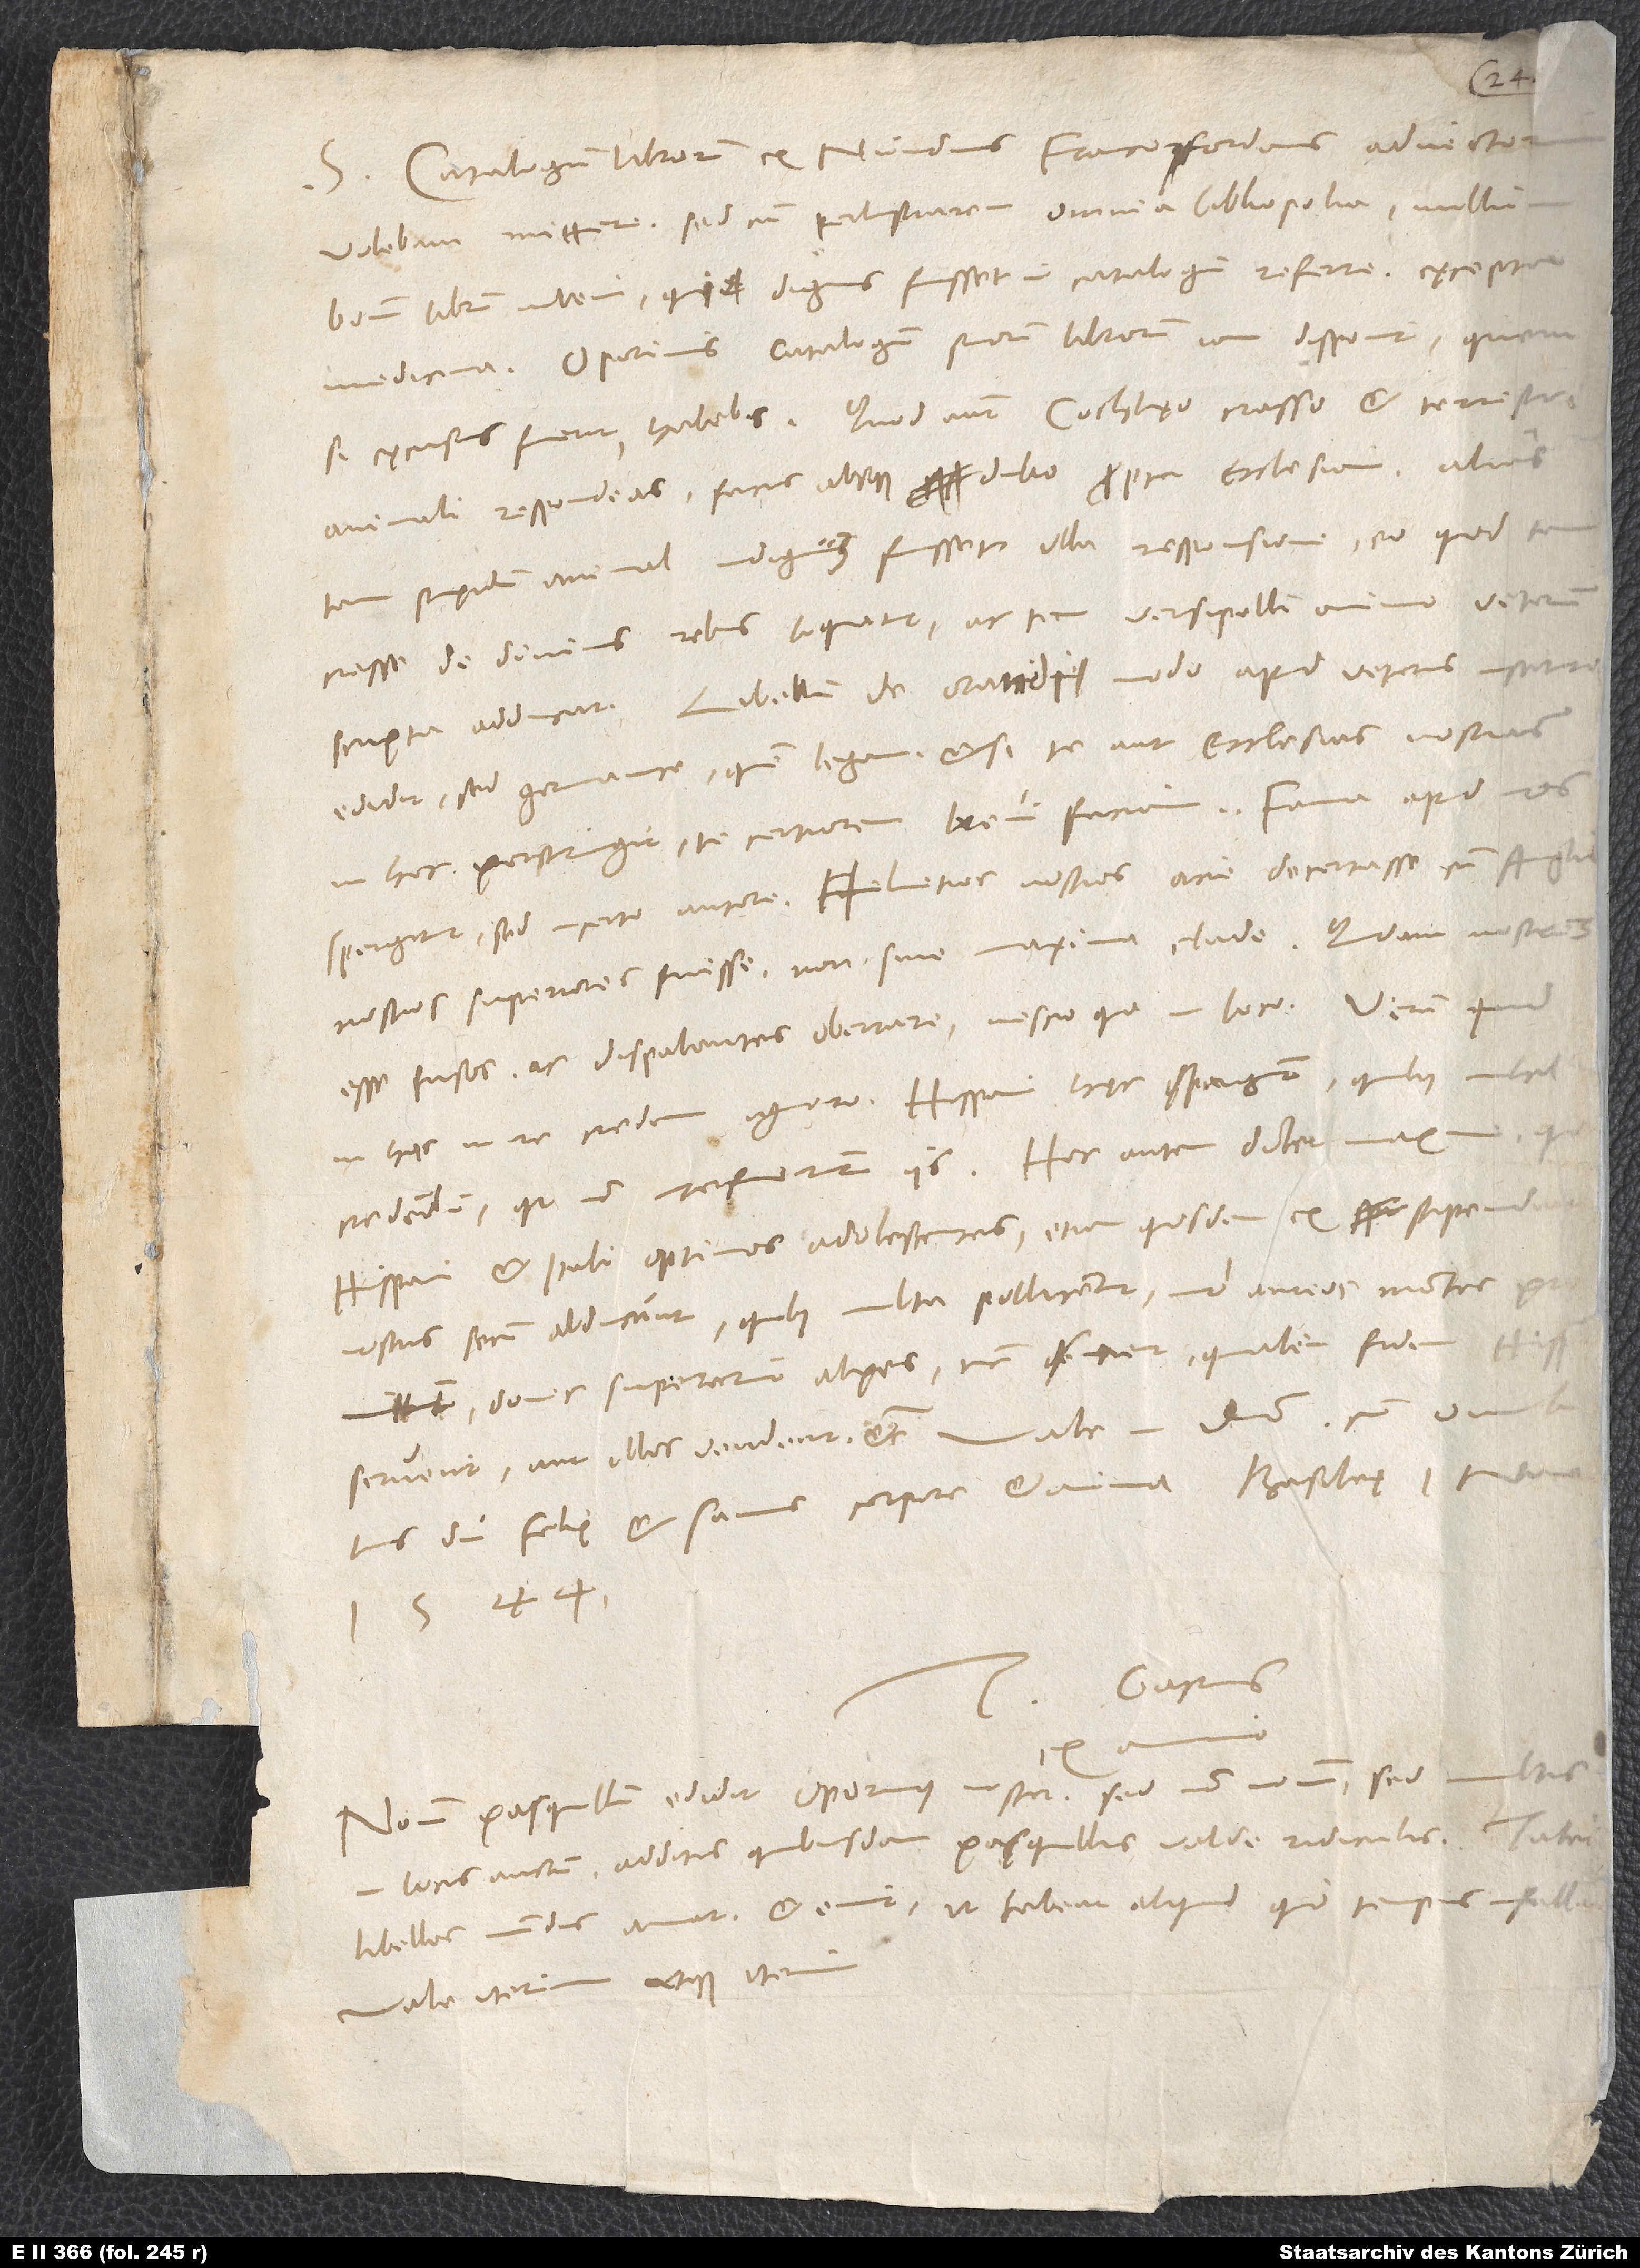
S. Catalogum librorum ex nundinis Francofordiensibus advectorum
volebam mittere; sed cum perlustrarem omnia bibliopolia, nullum
bonum librum inveni, qui dignus fuisset in catalogum referri, excepta
medicina. Oporinus catalogum suorum librorum iam disponit, quem,
si excusus fuerit, habebis. Quod autem Cochlęo, crasso et terrestri
animali, respondeas, facis absque dubio propter ecclesiam; alias
tam stupidum animal indignum fuisset ulla responsione, eo quod tam
crasse de divinis rebus loquatur ac sic versipelli animo veterum
scripta adducat. Libellum de orandi modo apud veteres usitato
edidit, sed Germanice, quem legam, et si te aut ecclesias nostras
in hoc perstringit, te certiorem brevi faciam.
spargitur sed incerto autore Helvetios nostros acie decertasse cum Angli;
nostros superiores fuisse non sine maxima clade; quidam, nostros
esse fusos ac dispalantes oberarre, nescio quo in loco. Verum quid
hac in re credam, ignoro. Hispani hęc spargunt, quibus nihil
Hispani et Itali optimos adolescentes, etiam quosdam ex stipendi
1544.
Tuus Gastius
Novum Pasquillum edidit Oporinus noster, sed non novum, sed multis
in locis auctum additis quibusdam pasquillis valde ridiculis. Tale.
Vale iterum atque iterum.